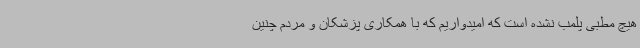
هیچ مطبی پلمب نشده است که امیدواریم که با همکاری پزشکان و مردم چنین